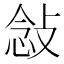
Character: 𫾿